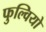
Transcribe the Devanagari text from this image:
फुल्वियो